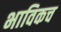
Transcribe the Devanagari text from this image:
भाविकच